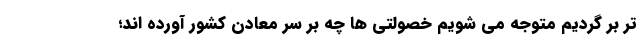
تر بر گردیم متوجه می شویم خصولتی ها چه بر سر معادن کشور آورده اند؛